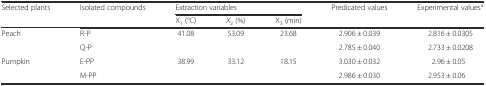
<table><thead><tr><td rowspan="2"><b>Selected plants</b></td><td rowspan="2"><b>Isolated compounds</b></td><td colspan="3"><b>Extraction variables</b></td><td rowspan="2"><b>Predicated values</b></td><td rowspan="2"><b>Experimental values<sup>a</sup></b></td></tr><tr><td><b>X<sub>1</sub> (°C)</b></td><td><b><i>X</i><sub>2</sub> (%)</b></td><td><b>X<sub>3</sub> (min)</b></td></tr></thead><tbody><tr><td rowspan="2">Peach</td><td>R-P</td><td rowspan="2">41.08</td><td rowspan="2">53.09</td><td rowspan="2">23.68</td><td>2.906 ± 0.039</td><td>2.816 ± 0.0305</td></tr><tr><td>Q-P</td><td>2.785 ± 0.040</td><td>2.733 ± 0.0208</td></tr><tr><td rowspan="2">Pumpkin</td><td>E-PP</td><td rowspan="2">38.99</td><td rowspan="2">33.12</td><td rowspan="2">18.15</td><td>3.030 ± 0.032</td><td>2.96 ± 0.05</td></tr><tr><td>M-PP</td><td>2.986 ± 0.030</td><td>2.953 ± 0.06</td></tr></tbody></table>